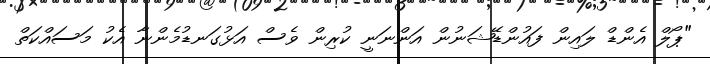
"ޕޯލް އެންޑް ލައިން ފައުންޑޭޝަނުން އަންނަނީ ކުރިން ވެސް އަޅުގަނޑުމެންނާ އެކު މަސައްކަތް